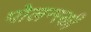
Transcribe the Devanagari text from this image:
पोलन्स्की